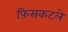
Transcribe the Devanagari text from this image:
फ़िसकटले